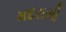
મદરાસી